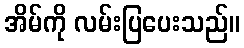
အိမ်ကို လမ်းပြပေးသည်။